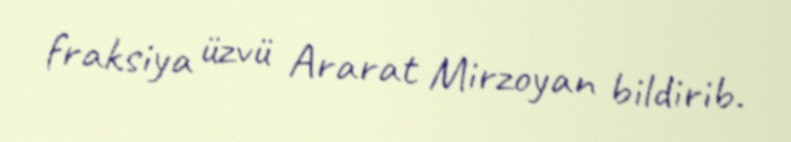
fraksiya üzvü Ararat Mirzoyan bildirib.